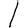
Digit: 1